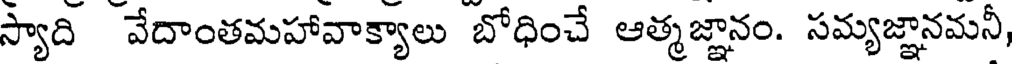
స్యాది వేదాంతమహావాక్యాలు బోధించే ఆత్మజ్ఞానం. సమ్యజ్ఞానమనీ,